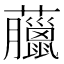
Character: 𧅕